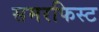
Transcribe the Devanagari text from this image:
समरफिस्ट